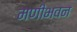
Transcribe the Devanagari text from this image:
मणीभवन